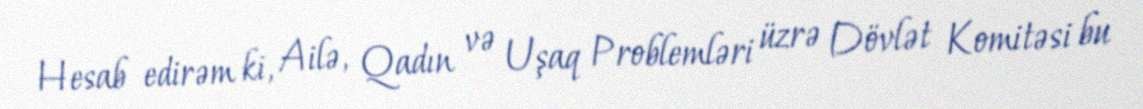
Hesab edirəm ki, Ailə, Qadın və Uşaq Problemləri üzrə Dövlət Komitəsi bu